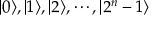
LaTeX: | 0 \rangle , | 1 \rangle , | 2 \rangle , \cdots , | 2 ^ { n } - 1 \rangle